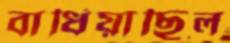
বাধিয়াছিল